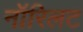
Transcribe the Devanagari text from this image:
नॉरिलट